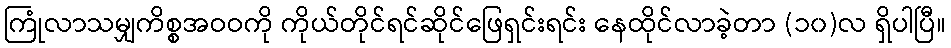
ကြုံလာသမျှကိစ္စအဝဝကို ကိုယ်တိုင်ရင်ဆိုင်ဖြေရှင်းရင်း နေထိုင်လာခဲ့တာ (၁၀)လ ရှိပါပြီ။